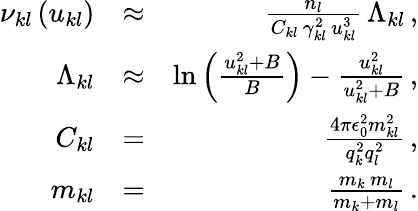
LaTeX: \begin{array}{rlr}{\nu_{kl}\left(u_{kl}\right)}&{\approx}&{\frac{n_{l}}{C_{kl}\, \gamma_{kl}^{2}\, u_{kl}^{3}}\, \Lambda_{kl}\, ,}\\ {\Lambda_{kl}}&{\approx}&{\ln\left(\frac{u_{kl}^{2}+B}{B}\right)-\frac{u_{kl}^{2}}{u_{kl}^{2}+B}\, ,}\\ {C_{kl}}&{=}&{\frac{4\pi\epsilon_{0}^{2}m_{kl}^{2}}{q_{k}^{2}q_{l}^{2}}\, ,}\\ {m_{kl}}&{=}&{\frac{m_{k}\, m_{l}}{m_{k}+m_{l}}\, .}\end{array}